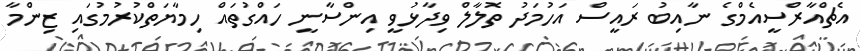
އެޗްއާރްސީއެމްގެ ނާއިބު ރައީސް އަހުމަދު ތޮލާލް ވިދާޅުވީ އިންސާނީ ހައްގުތައް ހިމާޔަތްކުރުމުގައި ޒިންމާ